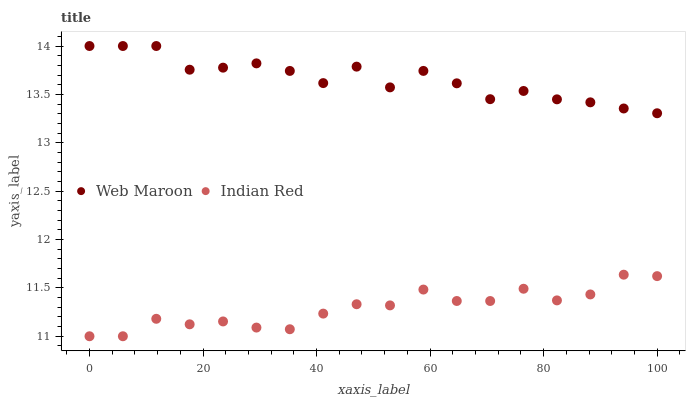
| xaxis_label | Web Maroon | Indian Red |
 | --- | --- | --- |
 | 0 | 14 | 11 |
 | 5.88 | 14 | 11 |
 | 11.8 | 14 | 11.2 |
 | 17.6 | 13.8 | 11.1 |
 | 23.5 | 13.8 | 11.2 |
 | 29.4 | 13.8 | 11.1 |
 | 35.3 | 13.7 | 11.1 |
 | 41.2 | 13.6 | 11.2 |
 | 47.1 | 13.8 | 11.3 |
 | 52.9 | 13.6 | 11.3 |
 | 58.8 | 13.7 | 11.5 |
 | 64.7 | 13.6 | 11.4 |
 | 70.6 | 13.5 | 11.4 |
 | 76.5 | 13.5 | 11.5 |
 | 82.4 | 13.4 | 11.4 |
 | 88.2 | 13.4 | 11.4 |
 | 94.1 | 13.4 | 11.6 |
 | 100 | 13.3 | 11.6 |